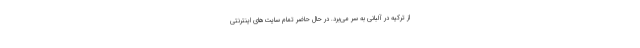
از ترکیه در آلبانی به سر می‌برد. در حال حاضر تمام سایت‌های اینترنتی